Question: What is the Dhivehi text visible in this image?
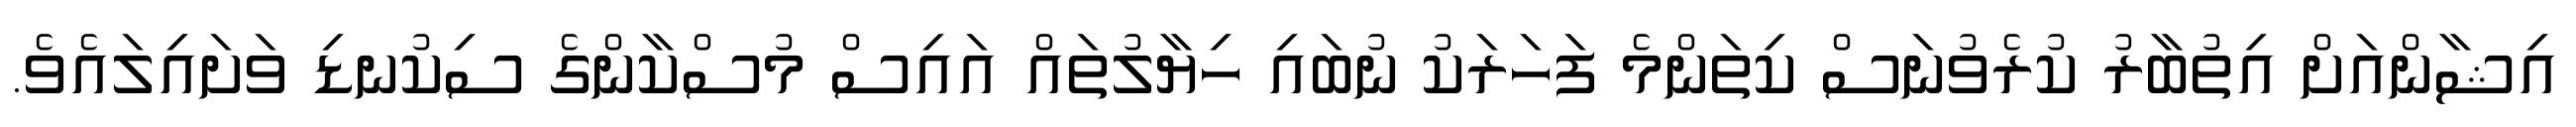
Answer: އިޝާންއަށް އިތުބާރު ކުރެވުނަސް ކިތަންމެ ފަހަރަކު ނުބައި ހިޔާލުތައް އައިސް މުސްކާންގެ ސިކުނޑި ވަށައިލައެވެ.